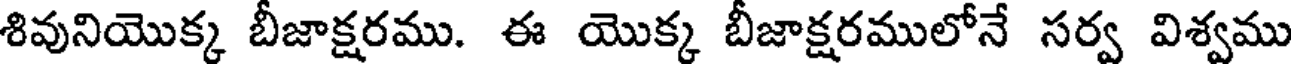
శివునియొక్క బీజాక్షరము. ఈ యొక్క బీజాక్షరములోనే సర్వ విశ్వము